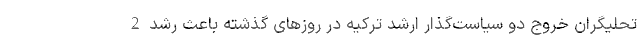
تحلیگران خروج دو سیاست‌گذار ارشد ترکیه در روزهای گذشته باعث رشد 2